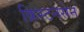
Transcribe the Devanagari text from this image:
क्रिस्टनसेन